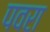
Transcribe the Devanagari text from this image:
पवरा